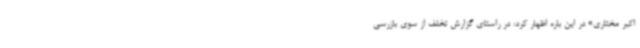
اکبر مختاری» در این باره اظهار کرد: در راستای گزارش تخلف از سوی بازرسی